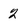
Character: 2